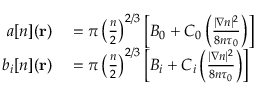
\begin{array} { r l } { a [ n ] ( \mathbf { r } ) } & { { } = \pi \left( \frac { n } { 2 } \right) ^ { 2 / 3 } \left[ B _ { 0 } + C _ { 0 } \left( \frac { | \nabla n | ^ { 2 } } { 8 n \tau _ { 0 } } \right) \right] } \\ { b _ { i } [ n ] ( \mathbf { r } ) } & { { } = \pi \left( \frac { n } { 2 } \right) ^ { 2 / 3 } \left[ B _ { i } + C _ { i } \left( \frac { | \nabla n | ^ { 2 } } { 8 n \tau _ { 0 } } \right) \right] } \end{array}